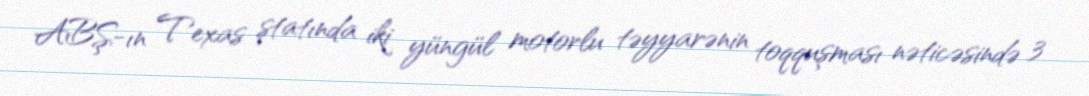
ABŞ-ın Texas ştatında iki yüngül motorlu təyyarənin toqquşması nəticəsində 3